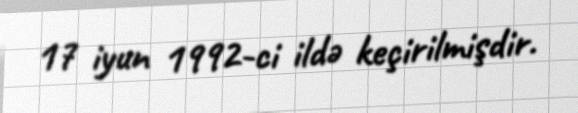
17 iyun 1992-ci ildə keçirilmişdir.